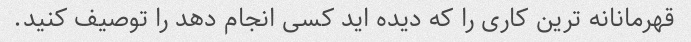
قهرمانانه ترین کاری را که دیده اید کسی انجام دهد را توصیف کنید.